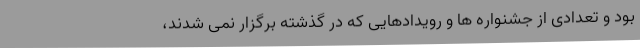
بود و تعدادی از جشنواره ها و رویدادهایی که در گذشته برگزار نمی شدند،